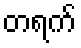
တရက်